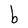
Character: b